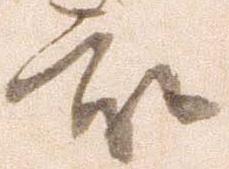
被